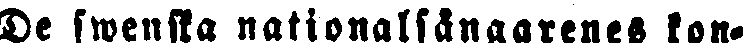
De swenska nationalsångarenes kon-